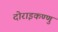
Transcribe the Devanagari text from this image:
दोराइकण्णु